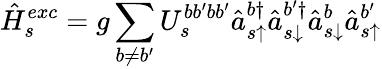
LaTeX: \hat{H}_{s}^{exc}=g\sum_{b\neq b^{\prime}}U_{s}^{bb^{\prime}bb^{\prime}}\hat{a}_{s\uparrow}^{b\dagger}\hat{a}_{s\downarrow}^{b^{\prime}\dagger}\hat{a}_{s\downarrow}^{b}\hat{a}_{s\uparrow}^{b^{\prime}}